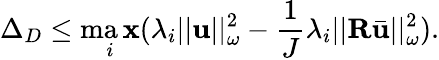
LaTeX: \Delta_{D}\leq\operatorname*{ma\mathbf{x}}_{i}(\lambda_{i}||\mathbf{{u}}||_{\omega}^{2}-\frac{{1}}{{J}}\lambda_{i}||\mathbf{{R}}\bar{{\mathbf{{u}}}}||_{\omega}^{2}).